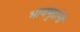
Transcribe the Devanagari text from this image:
भावमुद्रांनी